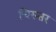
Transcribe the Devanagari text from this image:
चिरन्तर